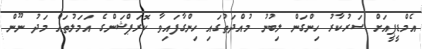
އެމްޑީޕީއަށް ސަރުކާރު ހިންގަން ލިބުނު މުއްދަތުގައި ހިންގާފައިވާ ކޮރަޕްޝަންގެ އަމަލުތައް މަދު ނޫން